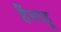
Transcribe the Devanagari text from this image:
हैंयाहू